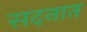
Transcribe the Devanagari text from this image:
सदनात